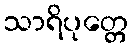
သာရိပုတ္တေ